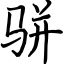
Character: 骈